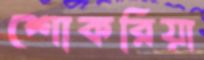
শোকরিয়া